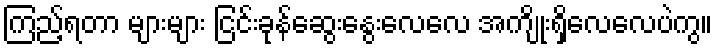
ကြည့်ရတာ များများ ငြင်းခုန်ဆွေးနွေးလေလေ အကျိုးရှိလေလေပဲကွ။